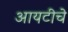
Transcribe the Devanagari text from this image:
आयटीचे